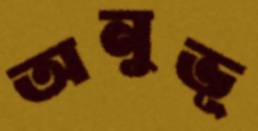
অনুভূ